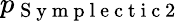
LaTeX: p_{\mathrm{~S~y~m~p~l~e~c~t~i~c~2~}}